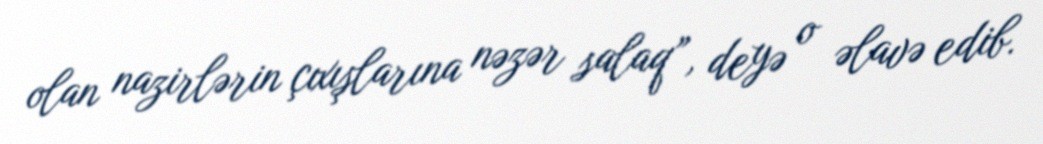
olan nazirlərin çıxışlarına nəzər salaq”, deyə o əlavə edib.